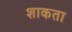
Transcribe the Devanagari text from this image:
शाकता